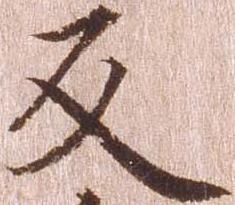
反